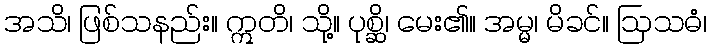
အသိ၊ ဖြစ်သနည်း။ ဣတိ၊ သို့။ ပုစ္ဆိ၊ မေး၏။ အမ္မ၊ မိခင်။ ဩသဓံ၊